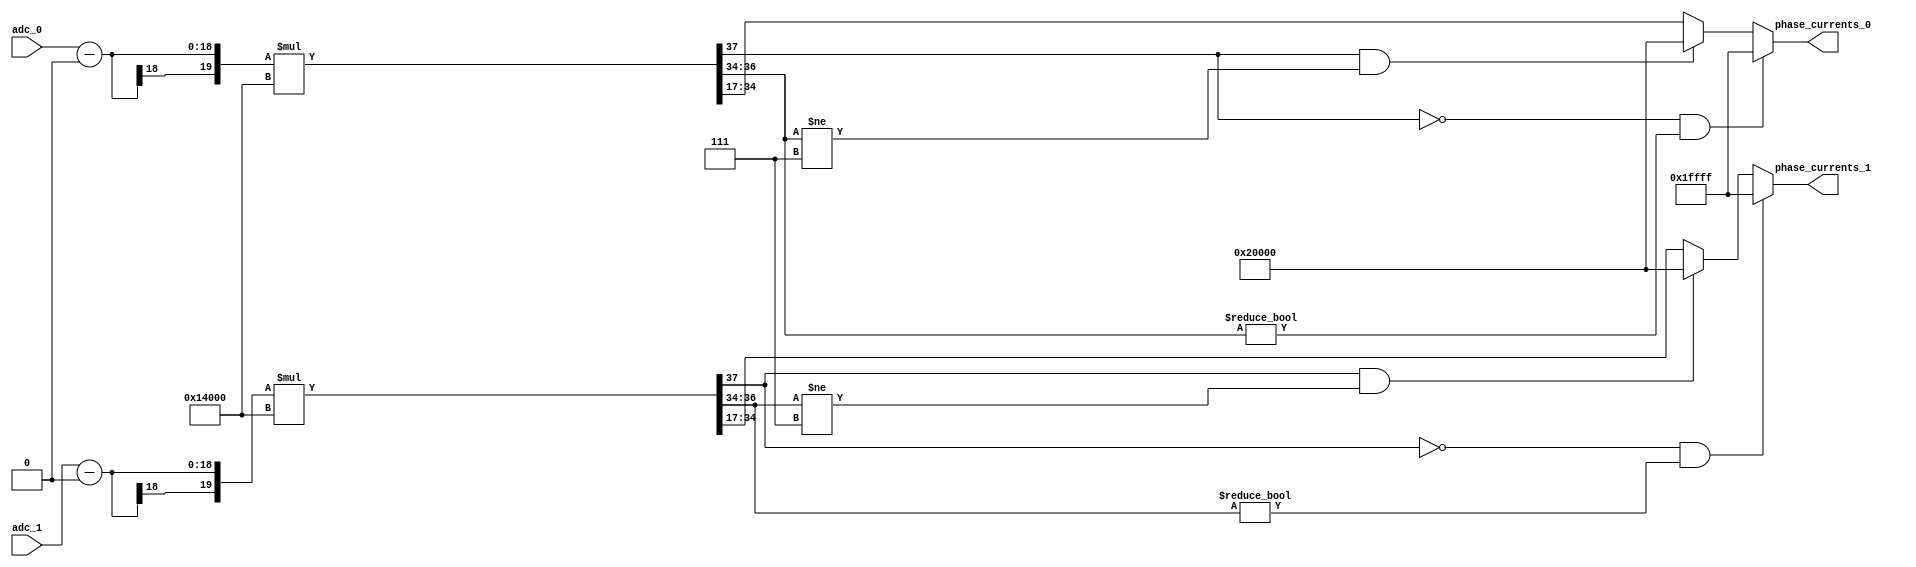
// -------------------------------------------------------------
// 
// 
// Generated by MATLAB 8.2 and HDL Coder 3.3
// 
// -------------------------------------------------------------


// -------------------------------------------------------------
// 
// Module: controllerHdl_ADC_Peripheral_To_Phase_Current
// Source Path: controllerHdl/ADC_Peripheral_To_Phase_Current
// Hierarchy Level: 2
// 
// -------------------------------------------------------------

`timescale 1 ns / 1 ns

module controllerHdl_ADC_Peripheral_To_Phase_Current
          (
           adc_0,
           adc_1,
           phase_currents_0,
           phase_currents_1
          );


  input   signed [17:0] adc_0;  // sfix18_En17
  input   signed [17:0] adc_1;  // sfix18_En17
  output  signed [17:0] phase_currents_0;  // sfix18_En15
  output  signed [17:0] phase_currents_1;  // sfix18_En15


  wire signed [17:0] adc [0:1];  // sfix18_En17 [2]
  wire signed [17:0] ADC_Zero_Offset_out1;  // sfix18_En16
  wire signed [19:0] Add_v;  // sfix20_En17
  wire signed [19:0] Add_sub_cast;  // sfix20_En17
  wire signed [19:0] Add_sub_cast_1;  // sfix20_En17
  wire signed [19:0] Add_out1 [0:1];  // sfix20_En17 [2]
  wire signed [17:0] ADC_Amps_Per_Driver_Unit_out1;  // sfix18_En15
  wire signed [37:0] Product_mul_temp;  // sfix38_En32
  wire signed [37:0] Product_mul_temp_1;  // sfix38_En32
  wire signed [17:0] phase_currents [0:1];  // sfix18_En15 [2]


  assign adc[0] = adc_0;
  assign adc[1] = adc_1;

  // <S1>/ADC_Zero_Offset
  assign ADC_Zero_Offset_out1 = 18'sb000000000000000000;



  // <S1>/Add
  assign Add_v = {ADC_Zero_Offset_out1[17], {ADC_Zero_Offset_out1, 1'b0}};
  assign Add_sub_cast = adc[0];
  assign Add_out1[0] = Add_sub_cast - Add_v;
  assign Add_sub_cast_1 = adc[1];
  assign Add_out1[1] = Add_sub_cast_1 - Add_v;



  // <S1>/ADC_Amps_Per_Driver_Unit
  assign ADC_Amps_Per_Driver_Unit_out1 = 18'sb010100000000000000;



  // <S1>/Product
  assign Product_mul_temp = Add_out1[0] * ADC_Amps_Per_Driver_Unit_out1;
  assign phase_currents[0] = ((Product_mul_temp[37] == 1'b0) && (Product_mul_temp[36:34] != 3'b000) ? 18'sb011111111111111111 :
              ((Product_mul_temp[37] == 1'b1) && (Product_mul_temp[36:34] != 3'b111) ? 18'sb100000000000000000 :
              $signed(Product_mul_temp[34:17])));
  assign Product_mul_temp_1 = Add_out1[1] * ADC_Amps_Per_Driver_Unit_out1;
  assign phase_currents[1] = ((Product_mul_temp_1[37] == 1'b0) && (Product_mul_temp_1[36:34] != 3'b000) ? 18'sb011111111111111111 :
              ((Product_mul_temp_1[37] == 1'b1) && (Product_mul_temp_1[36:34] != 3'b111) ? 18'sb100000000000000000 :
              $signed(Product_mul_temp_1[34:17])));



  assign phase_currents_0 = phase_currents[0];

  assign phase_currents_1 = phase_currents[1];

endmodule  // controllerHdl_ADC_Peripheral_To_Phase_Current